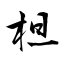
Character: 柦